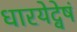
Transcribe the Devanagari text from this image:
धारयेद्वेषं